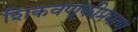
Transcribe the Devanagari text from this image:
शिकवणूकीप्रमाणे